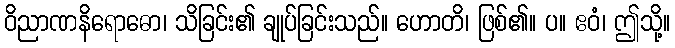
ဝိညာဏနိရောဓော၊ သိခြင်း၏ ချုပ်ခြင်းသည်။ ဟောတိ၊ ဖြစ်၏။ ပ။ ဧဝံ၊ ဤသို့။